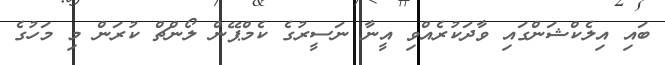
ބައި އިލެކްޝަންގައި ވާދަކުރެއްވި އީނާ ނަސީރުގެ ކެމްޕޭން ލޯންޗް ކުރަން މި މަހުގެ